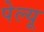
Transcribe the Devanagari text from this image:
पेल्यू